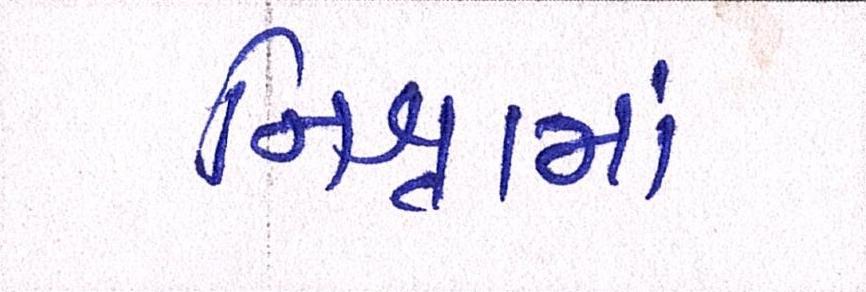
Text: નિશ્રામાં